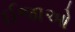
ઈજાઓ